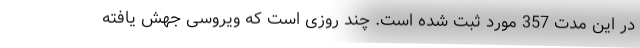
در این مدت 357 مورد ثبت شده است. چند روزی است که ویروسی جهش یافته